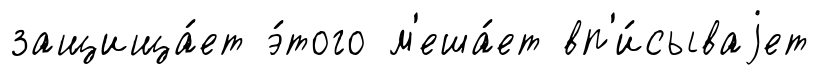
защища́ет э́того м'еша́ет вп'и́сываjет